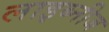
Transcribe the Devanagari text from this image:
लाइब्नीज